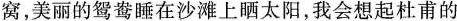
窝，美丽的鸳鸯睡在沙滩上晒太阳，我会想起杜甫的